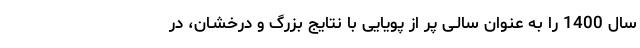
سال 1400 را به عنوان سالـی پر از پویایی با نتایج بزرگ و درخشـان، در